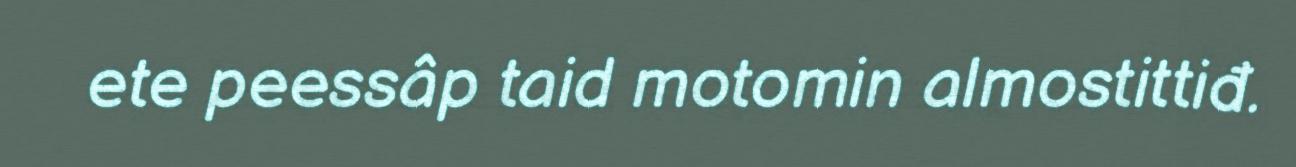
ete peessâp taid motomin almostittiđ.